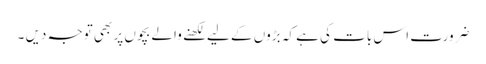
ضرورت اس بات کی ہے کہ بڑوں کے لیے لکھنے والے بچوں پر بھی توجہ دیں ۔